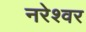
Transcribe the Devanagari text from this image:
नरेश्वर